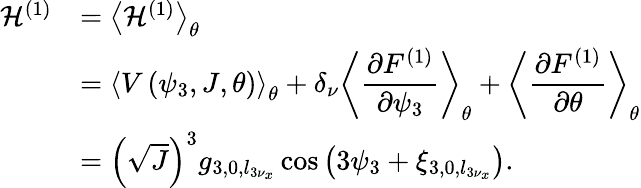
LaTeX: \begin{array}{cl}{\mathcal{H}^{(1)}}&{=\left<{\mathcal{H}^{(1)}}\right>_{\theta}}\\ &{=\displaystyle\left<{V\left(\psi_{3},J,\theta\right)}\right>_{\theta}+\delta_{\nu}\left<{\frac{\partial F^{(1)}}{\partial\psi_{3}}}\right>_{\theta}+\left<{\frac{\partial F^{(1)}}{\partial\theta}}\right>_{\theta}}\\ &{=\left(\sqrt J\right)^{3}g_{3,0,l_{3\nu_{x}}}\cos\left(3\psi_{3}+\xi_{3,0,l_{3\nu_{x}}}\right).}\end{array}